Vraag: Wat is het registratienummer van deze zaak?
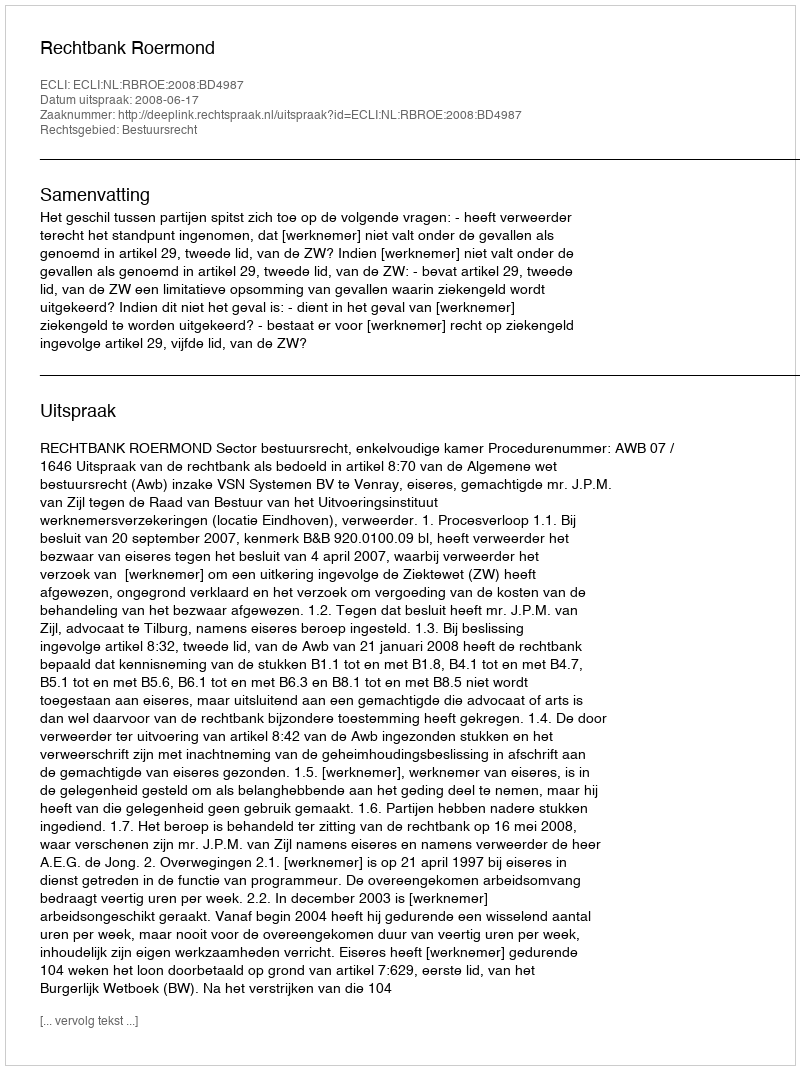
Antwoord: http://deeplink.rechtspraak.nl/uitspraak?id=ECLI:NL:RBROE:2008:BD4987